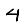
Digit: 4